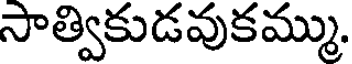
సాత్వికుడవుకమ్ము.